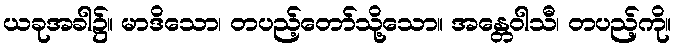
ယခုအခါ၌။ မာဒိသော၊ တပည့်တော်သို့သော။ အန္တေဝါသီ၊ တပည့်ကို။